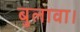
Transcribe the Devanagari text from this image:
बुलावा।